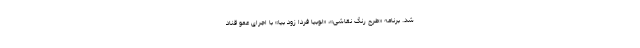
شد. برنامه «طرح رنگ نقاشی»، «لوبیا فردا زود بیا» با اجرای عمو قناد